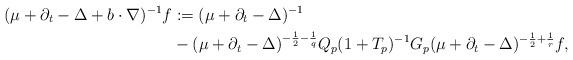
LaTeX: \begin{align*}(\mu+\partial_t-\Delta + b \cdot \nabla)^{-1}f & :=(\mu+\partial_t-\Delta )^{-1} \\&- (\mu +\partial_t - \Delta)^{-\frac{1}{2}-\frac{1}{q}} Q_{p}(1 + T_p)^{-1} G_{p} (\mu +\partial_t - \Delta)^{-\frac{1}{2}+\frac{1}{r}}f,\end{align*}